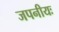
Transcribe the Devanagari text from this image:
जपनीयः